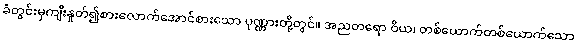
ခံတွင်းမှကျီးနှုတ်၍စားလောက်အောင်စားသော ပုဏ္ဏားတို့တွင်။ အညတရော ဝိယ၊ တစ်ယောက်တစ်ယောက်သော